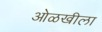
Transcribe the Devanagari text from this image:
ओळखीला